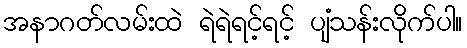
အနာဂတ်လမ်းထဲ ရဲရဲရင့်ရင့် ပျံသန်းလိုက်ပါ။